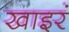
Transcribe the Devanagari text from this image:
खाइरं